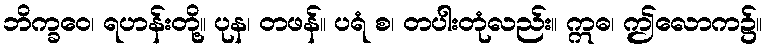
ဘိက္ခဝေ၊ ရဟန်းတို့။ ပုန၊ တဖန်။ ပရံ စ၊ တပါးတုံလည်း။ ဣဓ၊ ဤလောက၌။